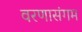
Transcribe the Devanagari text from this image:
वरणासंगम